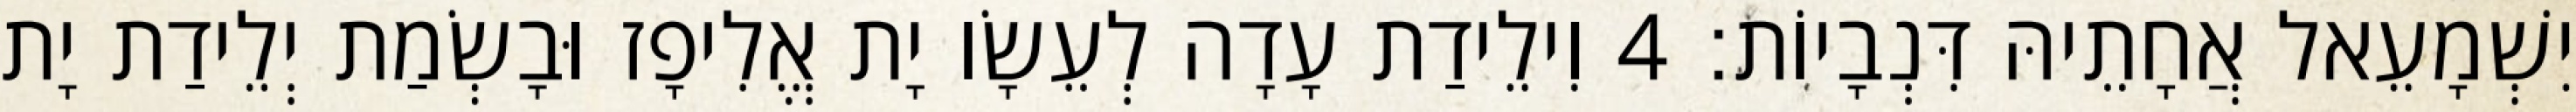
יִשְׁמָעֵאל אֲחָתֵיהּ דִּנְבָיוֹת׃ 4 וִילֵידַת עָדָה לְעֵשָׂו יָת אֱלִיפָז וּבָשְׂמַת יְלֵידַת יָת